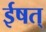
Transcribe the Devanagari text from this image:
ईषत्‌